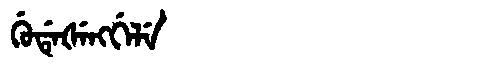
Manchu: ᡤᡠᡩᡝᡧᡝᠩᡤᡝᠯᡝ
Romanization: GUDEŠENGGELE